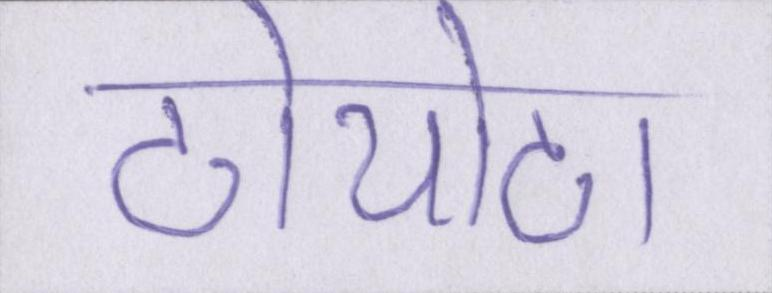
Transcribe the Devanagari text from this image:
टोयोटा